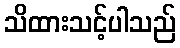
သိထားသင့်ပါသည်